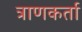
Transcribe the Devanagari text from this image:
त्राणकर्ता